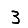
Digit: 3